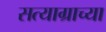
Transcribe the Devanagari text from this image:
सत्याग्राच्या